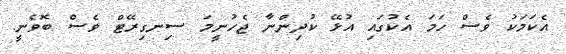
އެކަމަކު ވެސް ހަމަ އެކުގައި އުޅޭ ކުދިންނާ ޖެހުނީމަ ސިނގިރޭޓް ވެސް ބޮވެނީ.